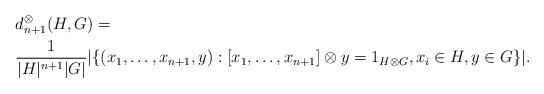
LaTeX: \begin{align*}&d_{n+1}^{\otimes}(H,G)=\\&\frac{1}{\vert H\vert ^{n+1} \vert G \vert} \vert \lbrace{(x_{1},\ldots ,x_{n+1},y) :[x_{1},\ldots ,x_{n+1}] \otimes y=1_{H\otimes G} , x_{i} \in H, y \in G}\rbrace \vert.\end{align*}